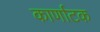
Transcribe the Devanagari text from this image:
कार्णाटक